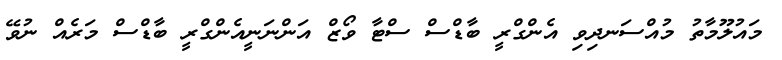
މައުލޫމާތު މުއްސަނދިވި އެންގްރީ ބާޑްސް ސްޓާ ވޯޒް އަންނަނީއެންގްރީ ބާޑްސް މަރެއް ނުވޭ